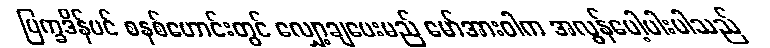
ပြက္ခဒိန်ပင် စနစ်ဟောင်းတွင် လျှော့ချပေးမည် မော်အားဝါက အလွန်ပေါ့ပါးပါသည်